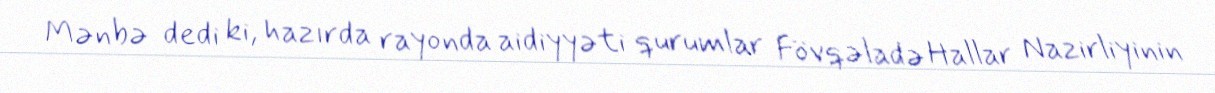
Mənbə dedi ki, hazırda rayonda aidiyyəti qurumlar Fövqəladə Hallar Nazirliyinin